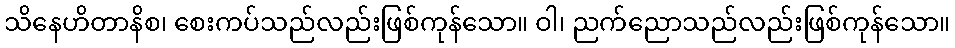
သိနေဟိတာနိစ၊ စေးကပ်သည်လည်းဖြစ်ကုန်သော။ ဝါ၊ ညက်ညောသည်လည်းဖြစ်ကုန်သော။